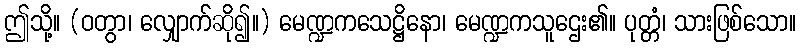
ဤသို့။ (ဝတွာ၊ လျှောက်ဆို၍။) မေဏ္ဍကသေဋ္ဌိနော၊ မေဏ္ဍကသူဌေး၏။ ပုတ္တံ၊ သားဖြစ်သော။